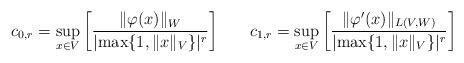
LaTeX: \begin{align*}& c_{0,r} = \sup_{ x \in V } \bigg[ \frac{ \|\varphi(x)\|_W }{ |\!\max\{1,\|x\|_{V}\}|^r } \bigg] \qquad c_{1,r} = \sup_{ x \in V } \bigg[ \frac{ \|\varphi'(x)\|_{L(V,W)} }{ |\!\max\{1,\|x\|_{V}\}|^r} \bigg]\end{align*}